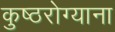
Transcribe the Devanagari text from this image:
कुष्ठरोग्याना